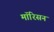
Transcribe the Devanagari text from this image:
मॉरिसन